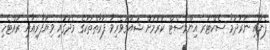
ފެނާއި ނަރުދަމާ ސެކްޓަރ އިންވެސްޓް ކުރުމަށް ޝައުޤުވެރިވާ ފަރާތްތަކުގެ މެދުގައި ވިޔަފާރިއާއި ރައްޓެހި